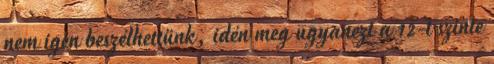
nem igen beszélhettünk, idén meg ugyanezt a 12-t szinte